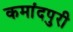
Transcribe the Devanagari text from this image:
कमांदपुरी